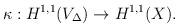
LaTeX: \begin{align*}\kappa:H^{1,1}(V_\Delta)\to H^{1,1}(X).\end{align*}